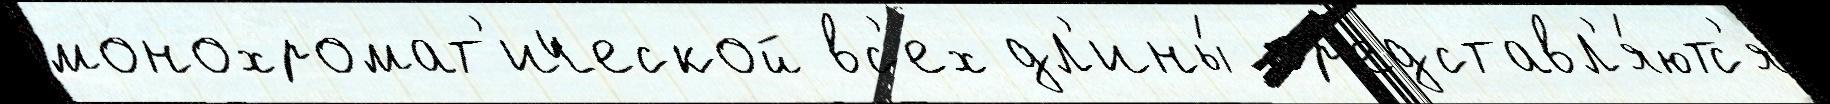
монохромат'ической вс'ех дл'ины́ пр'едставл'я́ютс'я